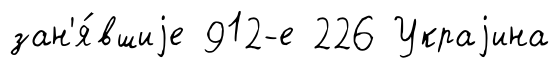
зан'я́вшиjе 912-е 226 Украjина